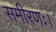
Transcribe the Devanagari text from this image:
समीरणः।